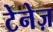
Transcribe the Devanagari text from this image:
टेनेज़